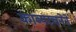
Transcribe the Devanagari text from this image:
काव्यरचनेने